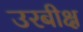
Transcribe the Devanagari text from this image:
उरबीक्ष